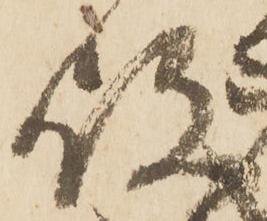
敗